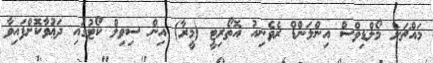
މައްޗަށް މޯލްޑިވްސް އިންލަންޑް ރެވެނިއު އޮތޯރިޓީ (މީރާ) އިން ސިވިލް ކޯޓުގައި ދަޢުވާކޮށްފައިވާ